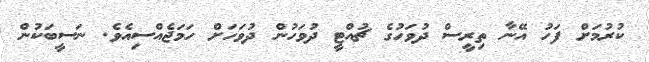
ކުރުމަށް ފަހު އޭނާ ތިރީސް ދުވަހުގެ ޗުއްޓީ ދުވަހުން ދުވަހަށް ހަމަޖެއްސިއެވެ. ނަސީބަކުން